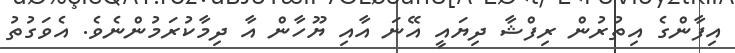
އިފާންގެ އިތުރުން ރިފްޝާ ދިޔައީ އޭނަ އާއި ޔޫހާން އާ ދިމާކުރަމުންނެވެ. އެވަގުތު